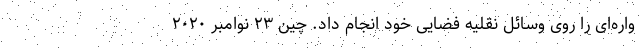
واره‌ای را روی وسائل نقلیه فضایی خود انجام داد. چین ۲۳ نوامبر ۲۰۲۰